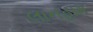
લાનહામ